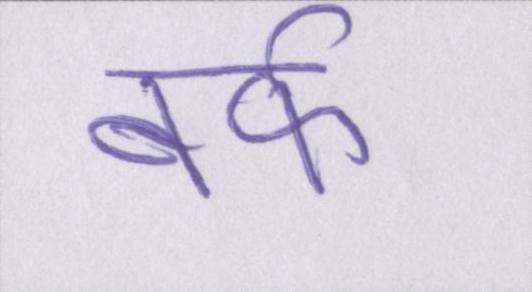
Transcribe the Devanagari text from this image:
बर्फ